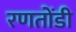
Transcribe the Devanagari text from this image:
रणतोंडी